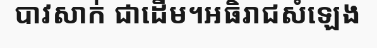
បាវសាក់ ជាដើម។អធិរាជសំឡេង